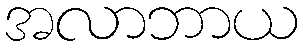
အလာဘာယ